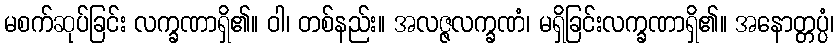
မစက်ဆုပ်ခြင်း လက္ခဏာရှိ၏။ ဝါ၊ တစ်နည်း။ အလဇ္ဇလက္ခဏံ၊ မရှိခြင်းလက္ခဏာရှိ၏။ အနောတ္တပ္ပံ၊